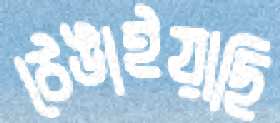
ঠেঙাইয়াছি